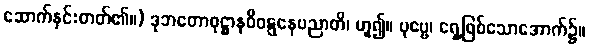
ဆောက်နှင်းတတ်၏။) ဒုဘတောဝုဋ္ဌာနဝိဝဋ္ဋနေပညာတိ၊ ဟူ၍။ ပုဗ္ဗေ၊ ရှေ့ဖြစ်သောအောက်၌။